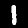
Label: 1